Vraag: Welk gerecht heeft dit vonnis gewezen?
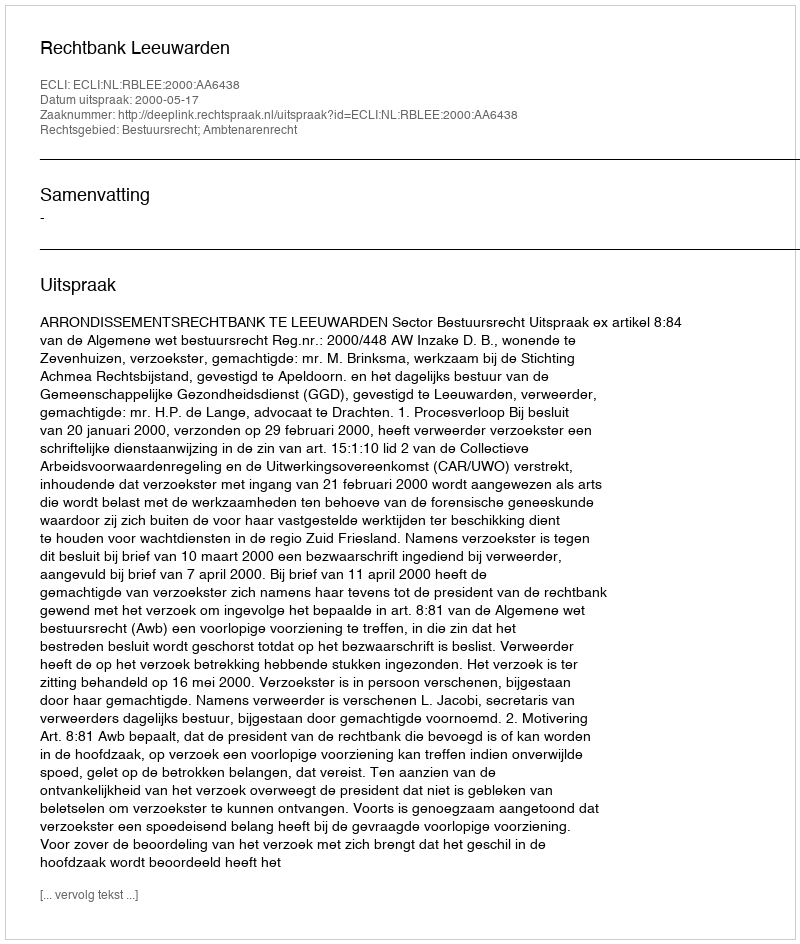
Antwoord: Rechtbank Leeuwarden